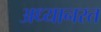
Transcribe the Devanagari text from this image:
अध्यानरत